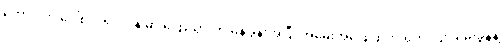
ဟောဒါက ဒေါ်စု ဝါရှင်တန် မှာ ပြောသွားတဲ့ မိန့်ခွန်းအပြီး အမေးအဖြေ ထဲက ရိုဟင်ဂျာ မေးခွန်နဲ့